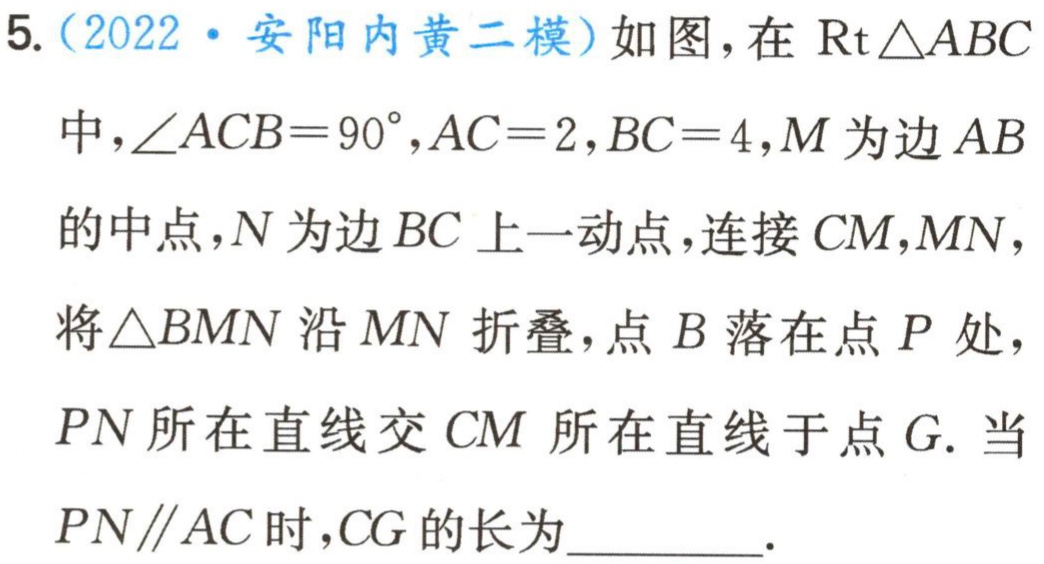
5.（2022·安阳内黄二模）如图，在$\mathrm{R}\mathrm{t}\triangle ABC$中，$\angle ACB = 90^{\circ},AC = 2,BC = 4,M$为边$AB$的中点，$N$为边$BC$上一动点，连接$CM,MN$，将$\triangle BMN$沿$MN$折叠，点$B$落在点$P$处，$PN$所在直线交$CM$所在直线于点$G$. 当$PN\parallel AC$时，$CG$的长为_________.